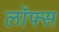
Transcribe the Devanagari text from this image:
लॉफ्स